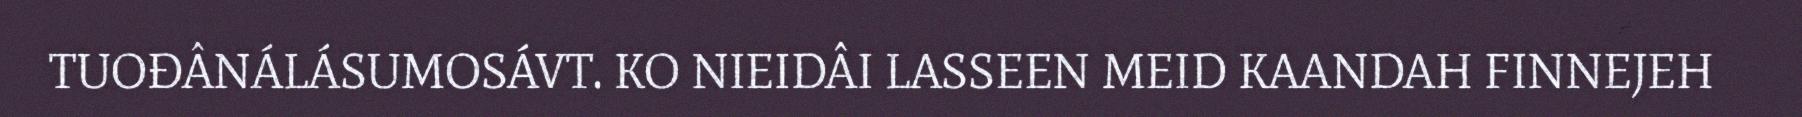
TUOĐÂNÁLÁSUMOSÁVT. KO NIEIDÂI LASSEEN MEID KAANDAH FINNEJEH